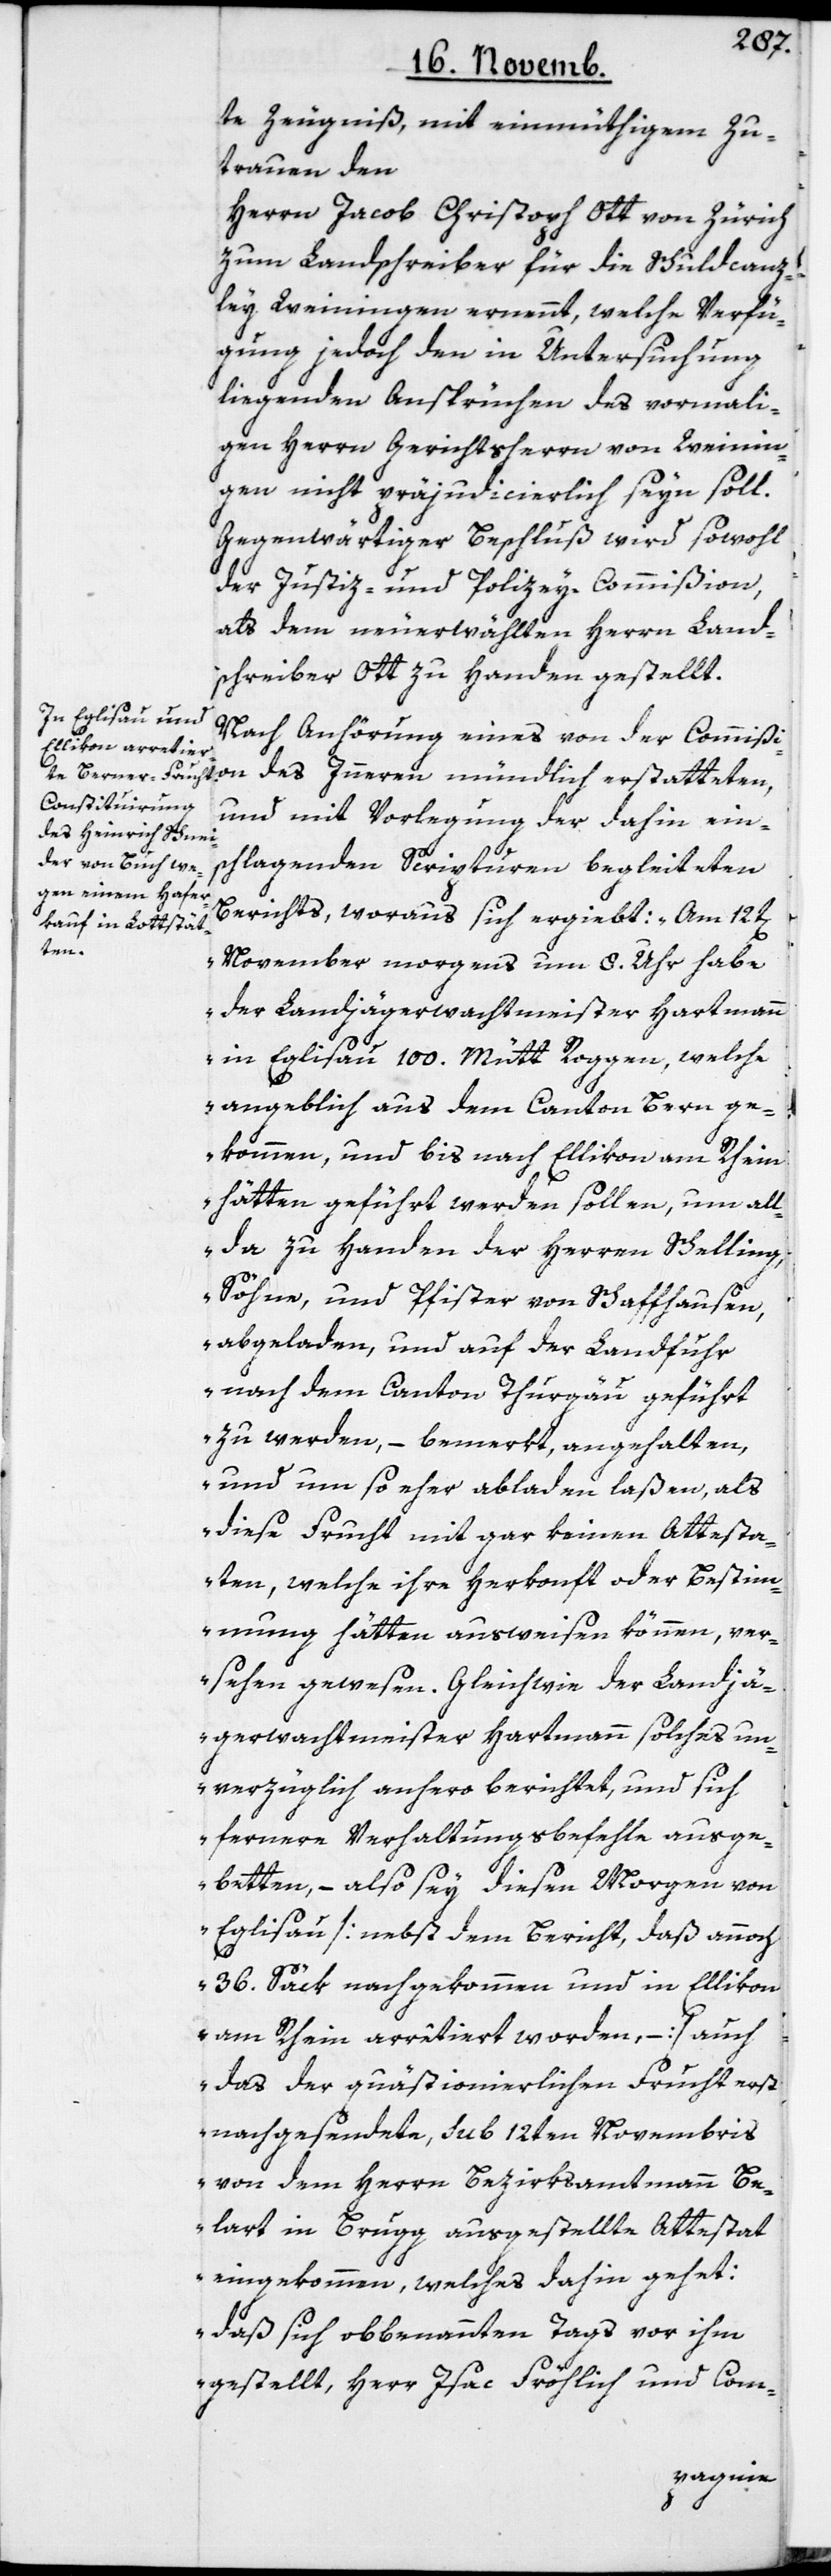
te Zeugniß, mit einmüthigem Zu¬
trauen den
Herrn Jacob Christoph Ott von Zürich
zum Landschreiber für die Schuldcanz¬
ley Weiningen ernennt, welche Verfü¬
gung jedoch den in Untersuchung
liegenden Ansprüchen des vormali¬
gen Herrn Gerichtsherrn von Weinin¬
gen nicht präjudicierlich seyn soll.
Gegenwärtiger Beschluß wird sowohl
der Justiz- und Polizey-Commißion,
als dem neuerwählten Herrn Land¬
schreiber Ott zu Handen gestellt.
Nach Anhörung eines von der Commißi¬
on des Innern mündlich erstatteten,
und mit Vorlegung der dahin ein¬
schlagenden Scripturen begleiteten
Berichts, woraus sich ergiebt: „Am 12t[en]
November morgens um 8. Uhr habe
der Landjägerwachtmeister Hartmann
in Eglisau 100. Mütt Roggen, welche
angeblich aus dem Canton Bern ge¬
kommen, und bis nach Ellikon am Rhein
hätten geführt werden sollen, um all¬
da zu Handen der Herren Schelling,
Söhne, und Pfister von Schaffhausen,
abgeladen, und auf der Landfuhr
nach dem Canton Thurgäu geführt
zu werden, – bemerkt, angehalten,
und um so eher abladen laßen, als
diese Frucht mit gar keinen Attesta¬
ten, welche ihre Herkonft oder Bestim¬
mung hätten ausweisen können, ver¬
sehen gewesen. Gleichwie der Landjä¬
gerwachtmeister Hartmann solches un¬
verzüglich anhero berichtet, und sich
fernere Verhaltungsbefehle ausge¬
betten, – also sey diesen Morgen von
Eglisau [nebst dem Bericht, daß annoch
36. Säck nachgekommen und in Ellikon
am Rhein arrêtiert worden, –] auch
das der quästionierlichen Frucht erst
nachgesendete, sub 12ten Novembris
von dem Herren Bezirksamtmann Be¬
lart in Brugg ausgestellte Attestat
eingekommen, welches dahin gehet:
„daß sich obbenannten Tags vor ihm
gestellt, Herr Isac Fröhlich und Com-